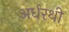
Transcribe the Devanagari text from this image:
अर्धरथी